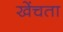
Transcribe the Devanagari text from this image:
खेंचता